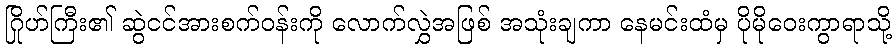
ဂြိုဟ်ကြီး၏ ဆွဲငင်အားစက်ဝန်းကို လောက်လွှဲအဖြစ် အသုံးချကာ နေမင်းထံမှ ပိုမိုဝေးကွာရာသို့